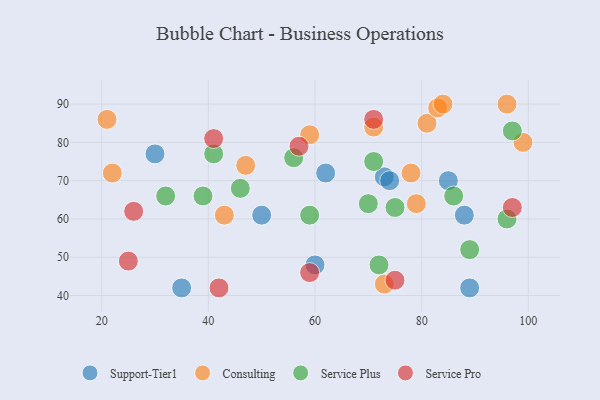
{"axis": {"x": "GDP", "y": "Life Expectancy"}, "legend": ["Consulting", "Service Plus", "Service Pro", "Support-Tier1"], "data": [{"x": "73", "y": 71, "type": "Support-Tier1"}, {"x": "62", "y": 72, "type": "Support-Tier1"}, {"x": "88", "y": 61, "type": "Support-Tier1"}, {"x": "89", "y": 42, "type": "Support-Tier1"}, {"x": "50", "y": 61, "type": "Support-Tier1"}, {"x": "74", "y": 70, "type": "Support-Tier1"}, {"x": "60", "y": 48, "type": "Support-Tier1"}, {"x": "85", "y": 70, "type": "Support-Tier1"}, {"x": "35", "y": 42, "type": "Support-Tier1"}, {"x": "30", "y": 77, "type": "Support-Tier1"}, {"x": "79", "y": 64, "type": "Consulting"}, {"x": "47", "y": 74, "type": "Consulting"}, {"x": "59", "y": 82, "type": "Consulting"}, {"x": "81", "y": 85, "type": "Consulting"}, {"x": "21", "y": 86, "type": "Consulting"}, {"x": "71", "y": 84, "type": "Consulting"}, {"x": "73", "y": 43, "type": "Consulting"}, {"x": "83", "y": 89, "type": "Consulting"}, {"x": "99", "y": 80, "type": "Consulting"}, {"x": "43", "y": 61, "type": "Consulting"}, {"x": "84", "y": 90, "type": "Consulting"}, {"x": "96", "y": 90, "type": "Consulting"}, {"x": "22", "y": 72, "type": "Consulting"}, {"x": "78", "y": 72, "type": "Consulting"}, {"x": "86", "y": 66, "type": "Service Plus"}, {"x": "39", "y": 66, "type": "Service Plus"}, {"x": "96", "y": 60, "type": "Service Plus"}, {"x": "46", "y": 68, "type": "Service Plus"}, {"x": "32", "y": 66, "type": "Service Plus"}, {"x": "97", "y": 83, "type": "Service Plus"}, {"x": "41", "y": 77, "type": "Service Plus"}, {"x": "89", "y": 52, "type": "Service Plus"}, {"x": "70", "y": 64, "type": "Service Plus"}, {"x": "72", "y": 48, "type": "Service Plus"}, {"x": "71", "y": 75, "type": "Service Plus"}, {"x": "59", "y": 61, "type": "Service Plus"}, {"x": "56", "y": 76, "type": "Service Plus"}, {"x": "75", "y": 63, "type": "Service Plus"}, {"x": "41", "y": 81, "type": "Service Pro"}, {"x": "97", "y": 63, "type": "Service Pro"}, {"x": "26", "y": 62, "type": "Service Pro"}, {"x": "59", "y": 46, "type": "Service Pro"}, {"x": "75", "y": 44, "type": "Service Pro"}, {"x": "71", "y": 86, "type": "Service Pro"}, {"x": "25", "y": 49, "type": "Service Pro"}, {"x": "42", "y": 42, "type": "Service Pro"}, {"x": "57", "y": 79, "type": "Service Pro"}]}